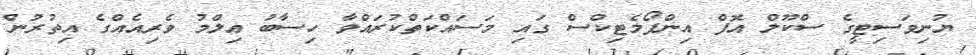
ޔުނިވަސިޓީގެ ސްކޫލް އޮފް އިންފޯމެޓިކްސް ގައި މަސައްކަތްކުރައްވާ ހިސާބު ޢިލްމު ވެރިއެއްގެ އިތުރުން